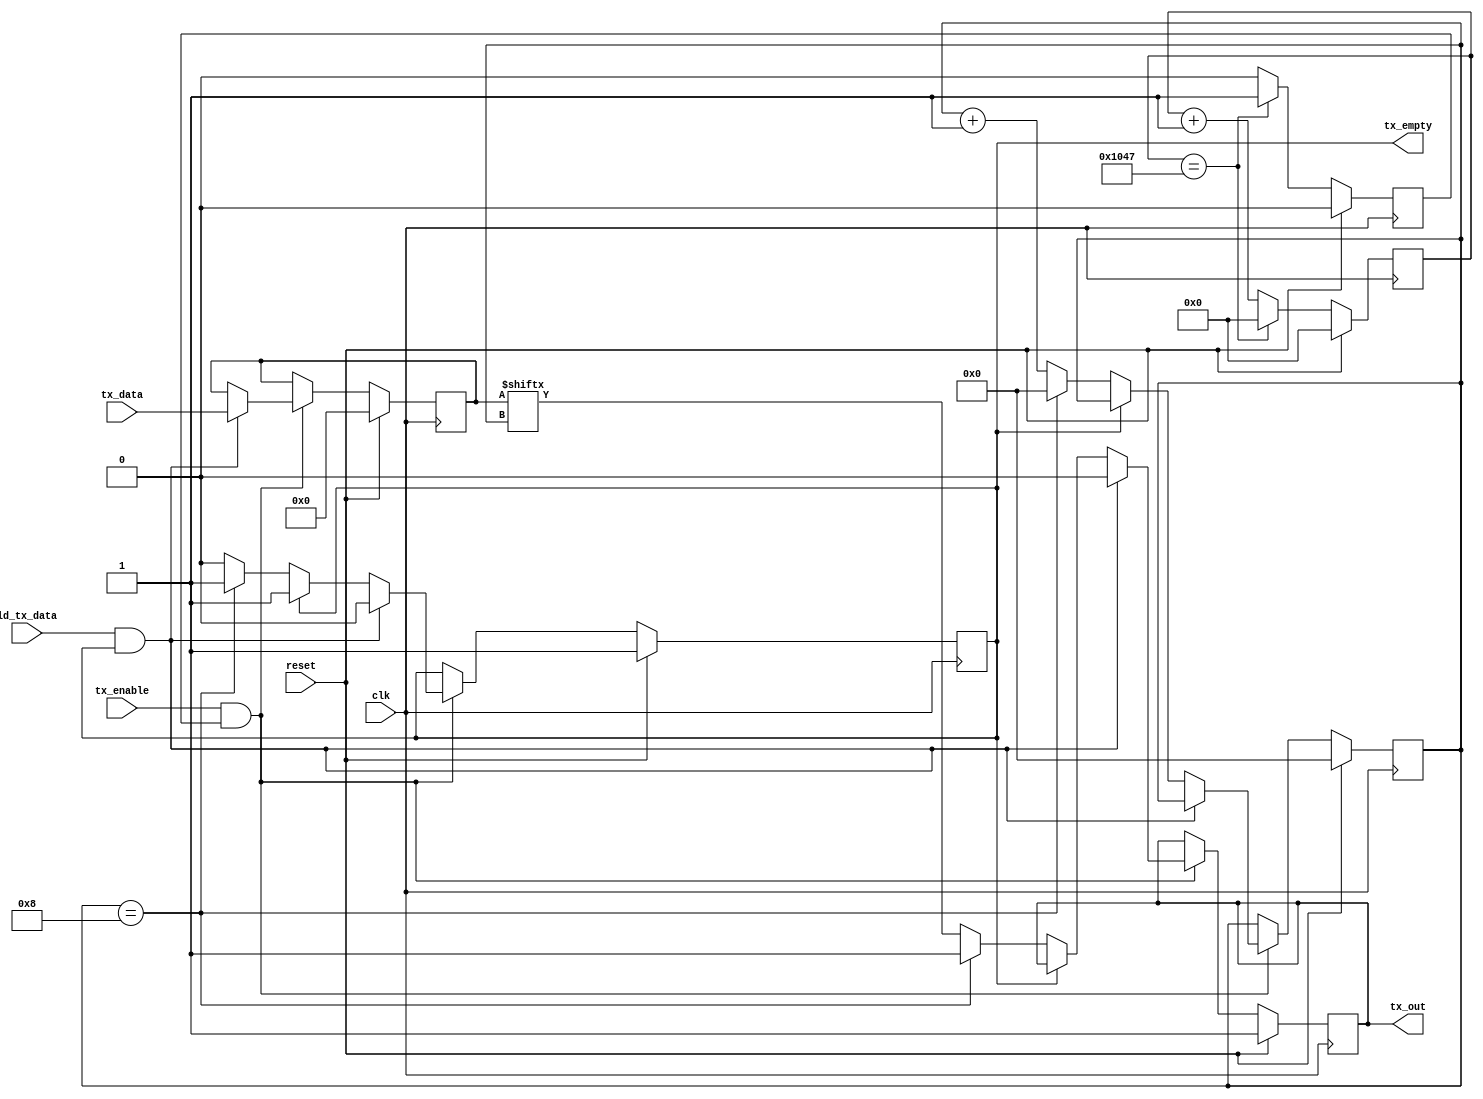
module uart2_tx #(parameter WIDTH = 8, parameter real BAUD = 9600) (
	input reset,
	input clk,
	//input [1:0] baud_rate,
	input ld_tx_data,
	input [WIDTH-1:0] tx_data,
	input tx_enable,
	(* IOB = "TRUE" *) output reg tx_out = 1'b1,
	output reg tx_empty = 1'b1
);

//parameter ML505 = 0; //default to 0 if not specified

`ifdef ML505 localparam real CLK_FREQ = 100e6;
`else localparam real CLK_FREQ = 40e6;
`endif

localparam BAUD_CNT_SIZE = bits_to_fit(CLK_FREQ/BAUD);
localparam BIT_CNT_SIZE = bits_to_fit(WIDTH+2);
localparam [BAUD_CNT_SIZE-1:0] FRAME_WIDTH = CLK_FREQ/BAUD;

// Internal registers
reg [WIDTH-1:0] tx_reg = {WIDTH{1'b0}};
reg [BIT_CNT_SIZE-1:0] tx_cnt = {BIT_CNT_SIZE{1'b0}};
reg [BAUD_CNT_SIZE-1:0] baud_cnt = {BAUD_CNT_SIZE{1'b0}};
reg baud_clk = 1'b0;

// UART TX Logic
always @ (posedge clk) begin
	if (reset) begin
		baud_clk 		<= 1'b0;
		baud_cnt 		<= {BAUD_CNT_SIZE{1'b0}};
		tx_reg       	<= {WIDTH{1'b0}};
		tx_empty      	<= 1'b1;
		tx_out        	<= 1'b1;
		tx_cnt        	<= {BIT_CNT_SIZE{1'b0}};
	end else begin // if (reset)
		if (baud_cnt == FRAME_WIDTH) begin
			baud_clk <= 1'b1;
			baud_cnt <= {BAUD_CNT_SIZE{1'b0}};
		end else begin
			baud_clk <= 1'b0;
			baud_cnt <= baud_cnt + 1'b1;
		end 
		
	
		if (tx_enable && baud_clk) begin
			if (ld_tx_data && tx_empty) begin
				tx_reg   <= tx_data;
				tx_empty <= 1'b0;
				tx_out <= 1'b0; //Send start bit immediately
				tx_cnt <= tx_cnt;
			end else if (!tx_empty) begin
				tx_reg <= tx_reg;
				if (tx_cnt == 4'd8) begin
					tx_cnt <= 4'd0;
					tx_out <= 1'b1;
					tx_empty <= 1'b1;
				end else begin
					tx_cnt <= tx_cnt + 1;
					tx_out <= tx_reg[tx_cnt];
					tx_empty <= tx_empty;
				end
			end else begin
				tx_reg <= tx_reg;
				tx_cnt <= tx_cnt;
				tx_out <= tx_out;
				tx_empty <= tx_empty;
			end
		end else begin
			tx_reg <= tx_reg;
			tx_cnt <= tx_cnt;
			tx_out <= tx_out;
			tx_empty <= tx_empty;
		end //if (~(tx_enable && baud_clk))
	end //if (~reset)
end //always

function integer bits_to_fit;
  input [31:0] value;
  for (bits_to_fit=0; value>0; bits_to_fit=bits_to_fit+1)
    value = value >> 1;
endfunction

endmodule